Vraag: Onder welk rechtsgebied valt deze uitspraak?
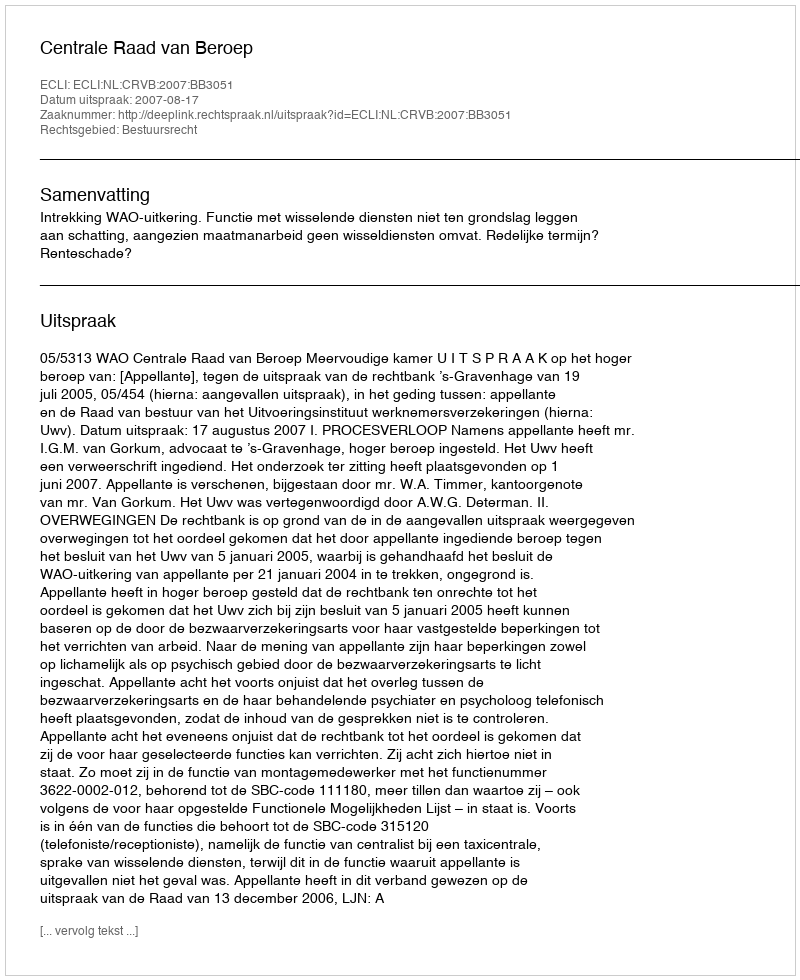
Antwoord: Bestuursrecht